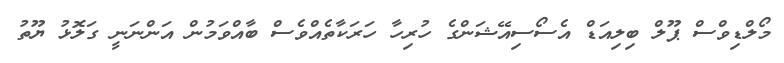
މޯލްޑިވްސް ޕޫލް ބިލިއަޑް އެސޯސިއޭޝަންގެ ހުރިހާ ހަރަކާތެއްވެސް ބާއްވަމުން އަންނަނީ ގަލޮޅު ޔޫތު